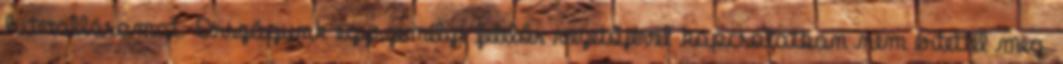
hitvallásomat. Országunk egyszemélyi felelős vezetőjével kapcsolatban nem értettél meg.